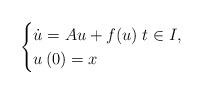
LaTeX: \begin{align*}\begin{cases}\dot{u} = Au + f(u)\; t \in I,\\u\left (0\right ) = x\end{cases}\end{align*}